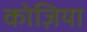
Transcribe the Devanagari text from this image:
कोज़िया